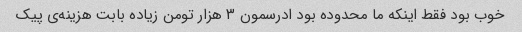
خوب بود فقط اینکه ما محدوده بود ادرسمون ۳ هزار تومن زیاده بابت هزینه‌ی پیک